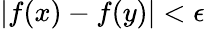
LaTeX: |f(x)-f(y)|<\epsilon